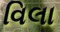
વિલા